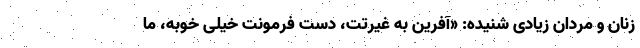
زنان و مردان زیادی شنیده: «آفرین به غیرتت، دست فرمونت خیلی خوبه، ما